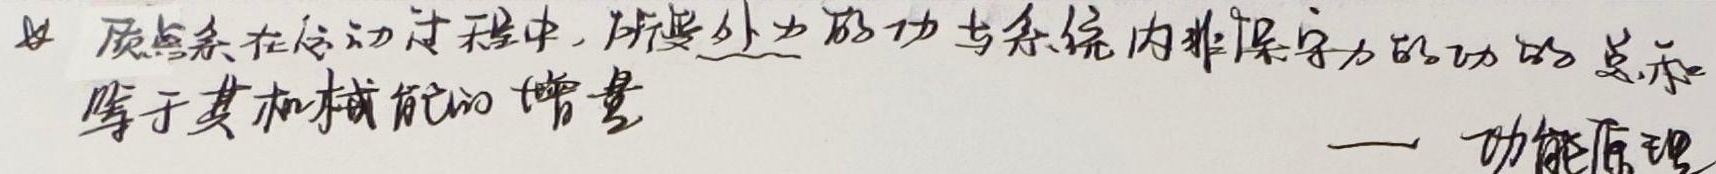
质点系在运动过程中，所受外力的功与系统内非保守力的功的总和等于其机械能的增量 — 功能原理